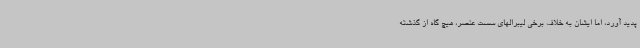
پدید آورد، اما ایشان به خلاف برخی لیبرالهای سست عنصر، هیچ گاه از گذشته